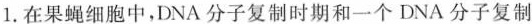
1.在果蝇细胞中，DNA分子复制时期和一个DNA分子复制